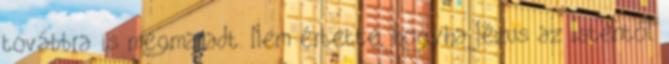
továbbra is megmaradt. Nem értette, hogyha Jézus az Istentől